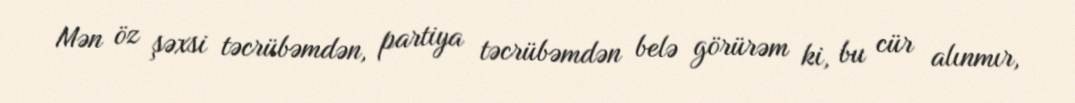
Mən öz şəxsi təcrübəmdən, partiya təcrübəmdən belə görürəm ki, bu cür alınmır,